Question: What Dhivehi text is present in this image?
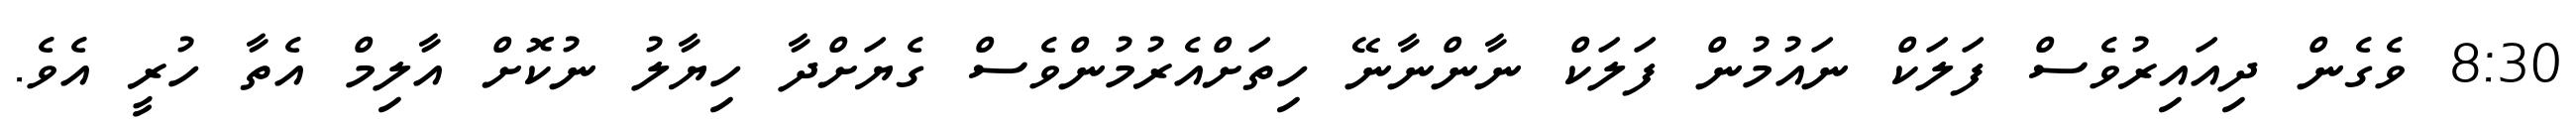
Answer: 8:30 ވެގެން ދިއައިރުވެސް ފަލަކް ނައުމުން ފަލަކް ނާންނާނޭ ހިތަށްއެރުމުންވެސް ގެޔަށްދާ ހިޔާލު ނުކޮށް އާލިމް އެތާ ހުރީ އެވެ.